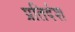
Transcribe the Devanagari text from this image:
प्रतिदंश